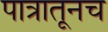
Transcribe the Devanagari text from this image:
पात्रातूनच